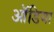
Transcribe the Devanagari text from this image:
ऑडिया